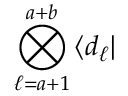
\bigotimes _ { \ell = a + 1 } ^ { a + b } \mathinner { \langle { d _ { \ell } } | }